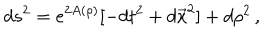
d s ^ { 2 } = e ^ { 2 A ( \rho ) } [ - d t ^ { 2 } + d \vec { x } ^ { 2 } ] + d \rho ^ { 2 } \, ,